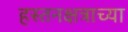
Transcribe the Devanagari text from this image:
हस्तनक्षत्राच्या